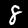
Digit: 8